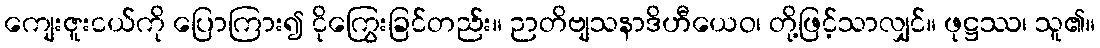
ကျေးဇူးငယ်ကို ပြောကြား၍ ငိုကြွေးခြင်တည်း။ ဉာတိဗျသနာဒိဟီယေဝ၊ တို့ဖြင့်သာလျှင်။ ဖုဋ္ဌဿ၊ သူ၏။